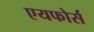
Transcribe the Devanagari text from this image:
एयफोर्स